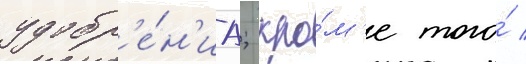
удобр'е́н'иа; кро́м'е того́ /